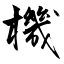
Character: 機